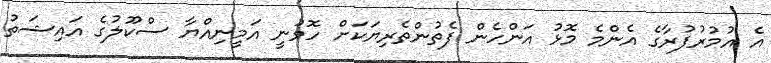
އެ އުމުރުފުރާގެ އެންމެ މޮޅު އަންހެން ފެތުންތެރިޔަކަށް ހޮވުނީ އަމީނިއްޔާ ސްކޫލުގެ އައިޝަތު